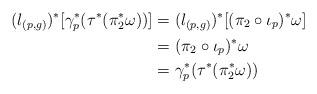
LaTeX: \begin{align*}(l_{(p,g)})^\ast[\gamma_p^\ast(\tau^\ast(\pi^\ast_2\omega))]&=(l_{(p,g)})^\ast[(\pi_2\circ \iota_p)^\ast\omega]\\&=(\pi_2\circ \iota_p)^\ast\omega\\&=\gamma_p^\ast(\tau^\ast(\pi^\ast_2\omega))\end{align*}